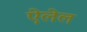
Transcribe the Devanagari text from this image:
ऐलेल